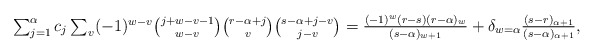
\begin{align*}\textstyle \sum_{j=1}^\alpha c_j \sum_v(-1)^{w-v} {j+w-v-1\choose w-v} {r-\alpha+j\choose v} {s-\alpha+j-v \choose j-v} = \frac{(-1)^w(r-s)(r-\alpha)_w}{(s-\alpha)_{w+1}} + \delta_{w = \alpha} \frac{(s-r)_{\alpha+1}}{(s-\alpha)_{\alpha+1}},\end{align*}